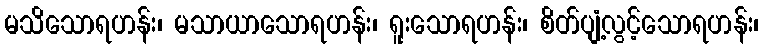
မသိသောရဟန်း၊ မသာယာသောရဟန်း၊ ရူးသောရဟန်း၊ စိတ်ပျံ့လွင့်သောရဟန်း၊